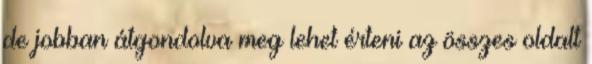
de jobban átgondolva meg lehet érteni az összes oldalt